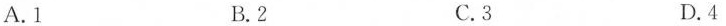
A.1 B.2 C.3 D.4